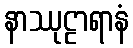
နာဿုဠာရာနံ